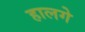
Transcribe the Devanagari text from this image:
हालगे